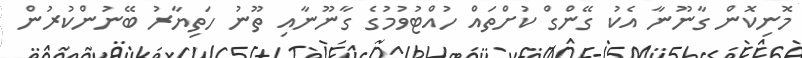
މޮނިކޮން ގާނޫނާ އެކު ގޭންގް ކުށްތައް ހުއްޓުވުމުގެ ގާނޫނާއި ތޫނު ހަތިޔާރު ބޭނުންކުރުން